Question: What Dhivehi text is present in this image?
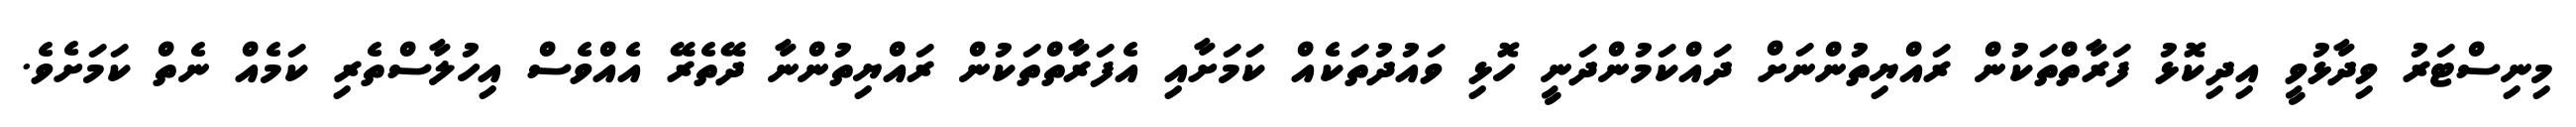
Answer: މިނިސްޓަރު ވިދާޅުވީ އިދިކޮޅު ފަރާތްތަކުން ރައްޔިތުންނަށް ދައްކަމުންދަނީ ހޮޅި ވައުދުތަކެއް ކަމަށާއި އެފަރާތްތަކުން ރައްޔިތުންނާ ދޭތެރޭ އެއްވެސް އިހުލާސްތެރި ކަމެއް ނެތް ކަމަށެވެ.